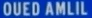
OUEDAMLIL